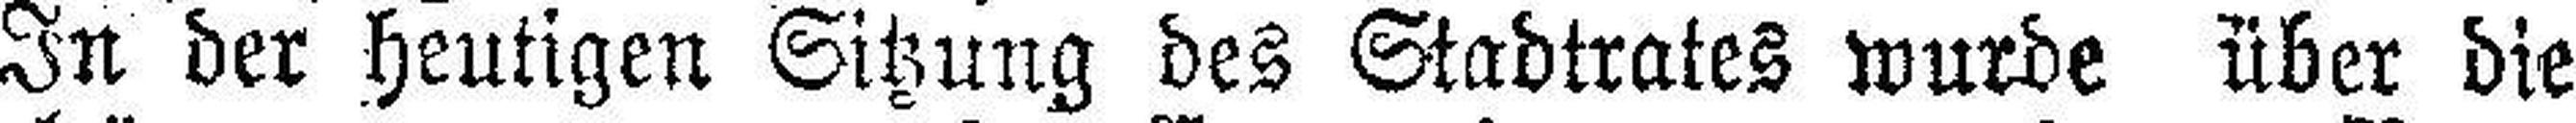
In der heutigen Sitzung des Stadtrates wurde über die